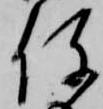
役